Cholera in India, 1862 to 1881
Year: 1862
Disease focus: Cholera
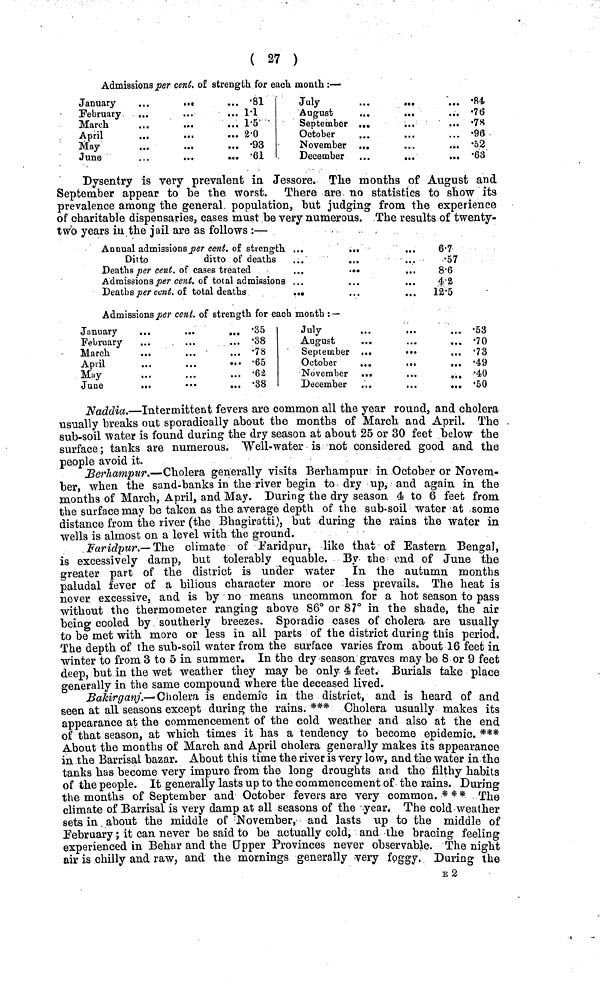
( 27 )
Admissons per cent. of strength for each month :—
January
February
March
April
May
June
81
1·1
1·5
2·0
.93
.61
July
August
September
October
November
December
·84
·76
·78
·96
·52
·63
Dysentry is very prevalent in Jessore. The months of August and
September appear to be the worst. There are no statistics to show its
prevalence among the general population, but judging from the experience
of charitable dispensaries, cases must be very numerous. The results of twenty-
two years in the jail are as follows :—
Annual admissions per cent. of strength
Ditto
ditto of deaths
Deaths per cent. of cases treated
Admissions per cent. of total admissions
Deaths per cent. of total deaths
6·7
·57
8·6
4·2
12·5
Admissions per cent. of strength for each month : —
January
February
March
April
May
June
.35
.38
.78
.65
.62
.38
July
August
September
October
November
December
.53
.70
.73
.49
.40
.50
Naddia.—Intermittent fevers are common all the year round, and cholera
usually breaks out sporadically about the months of March and April. The
sub-soil water is found during the dry season at about 25 or 30 feet below the
surface; tanks are numerous. Well-water is not considered good and the
people avoid it.
Berhampur.—Cholera generally visits Berhampur in October or Novem-
ber, when the sand-banks in the river begin to dry up, and again in the
months of March, April, and May. During the dry season, 4 to 6 feet from
the surface may be taken as the average depth of the sub-soil water at some
distance from the river (the Bhagiratti), but during the rains the water in
wells is almost on a level with the ground.
Faridpur.— The climate of Faridpur, like that of Eastern Bengal,
is excessively damp, but tolerably equable. By the end of June the
greater part of the district is under water
In the autumn months
paludal fever of a bilious character more or less prevails. The heat is
never excessive, and is by no means uncommon for a hot season to pass
without the thermometer ranging above 86° or 87° in the shade, the air
being cooled by southerly breezes. Sporadic cases of cholera are usually
to be met with more or less in all parts of the district during this period.
The depth of the sub-soil water from the surface varies from about 16 feet in
winter to from 3 to δ in summer. In the dry season graves may be 8 or 9 feet
deep, but in the wet weather they may be only a feet. Burials take place
generally in the same compound where the deceased lived.
Bakirganj.—Cholera is endemic in the district, and is heard of and
seen at all seasons except during the rains. *** Cholera usually makes its
appearance at the commencement of the cold weather and also at the end
of that season, at which times it has a tendency to become epidemic. ***
About the months of March and April cholera generally makes its appearance
in the Barrisal bazar. About this time the river is very low, and the water in the
tanks has become very impure from the long droughts and the filthy habits
of the people. It generally lasts up to the commencement of the rains. During
the months of September and October fevers are very common.*** The
climate of Barrisal is very damp at all seasons of the year. The cold weather
sets in about the middle of November, and lasts up to the middle of
February ; it can never be said to be actually cold, and the bracing feeling
experienced in Behar and the Upper Provinces never observable. The night
air is chilly and raw, and the mornings generally very foggy, During the
E2